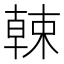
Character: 𣙈